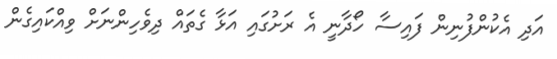
އަދި އެކުންފުނިން ފައިސާ ހޯދާނީ އެ ރަށުގައި އަޅާ ގެތައް ދިވެހިންނަށް ވިއްކައިގެން